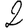
Digit: 2